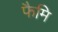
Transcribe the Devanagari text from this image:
फैमि